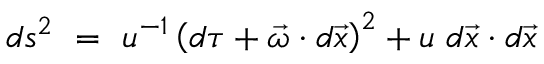
d s ^ { 2 } ~ = ~ u ^ { - 1 } \left( d \tau + \vec { \omega } \cdot d \vec { x } \right) ^ { 2 } + u ~ d \vec { x } \cdot d \vec { x }